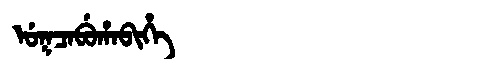
Manchu: ᡠᡴᠴᠠᠪᡠᡥᠠᠪᡳᡥᡝ
Romanization: UKCABUHABIHE